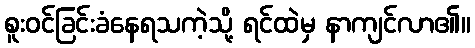
စူးဝင်ခြင်းခံနေရသကဲ့သို့ ရင်ထဲမှ နာကျင်လာ၏။